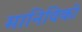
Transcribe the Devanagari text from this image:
मानिविकी